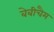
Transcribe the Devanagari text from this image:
बेबीचैम